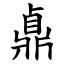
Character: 鼑